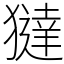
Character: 㺚